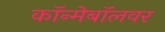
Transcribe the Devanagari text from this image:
कॉन्मेबॉलवर